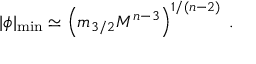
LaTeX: | \phi | _ { \mathrm { m i n } } \simeq \left( m _ { 3 / 2 } M ^ { n - 3 } \right) ^ { 1 / ( n - 2 ) } \; .